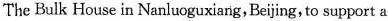
The Bulk House in Nanluoguxisng, Bejing, to support a